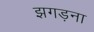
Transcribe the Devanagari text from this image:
झगड़ना